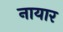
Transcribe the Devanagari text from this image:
नायार